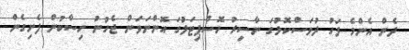
ދެން އެންމެ ފަހު ދުވަސްކޮޅުގަ ނާސިރު ހޮސްޕިޓަލުގަ އޮންނަވަން ޖެހުނު ހިސާބުން ފެށިގެން